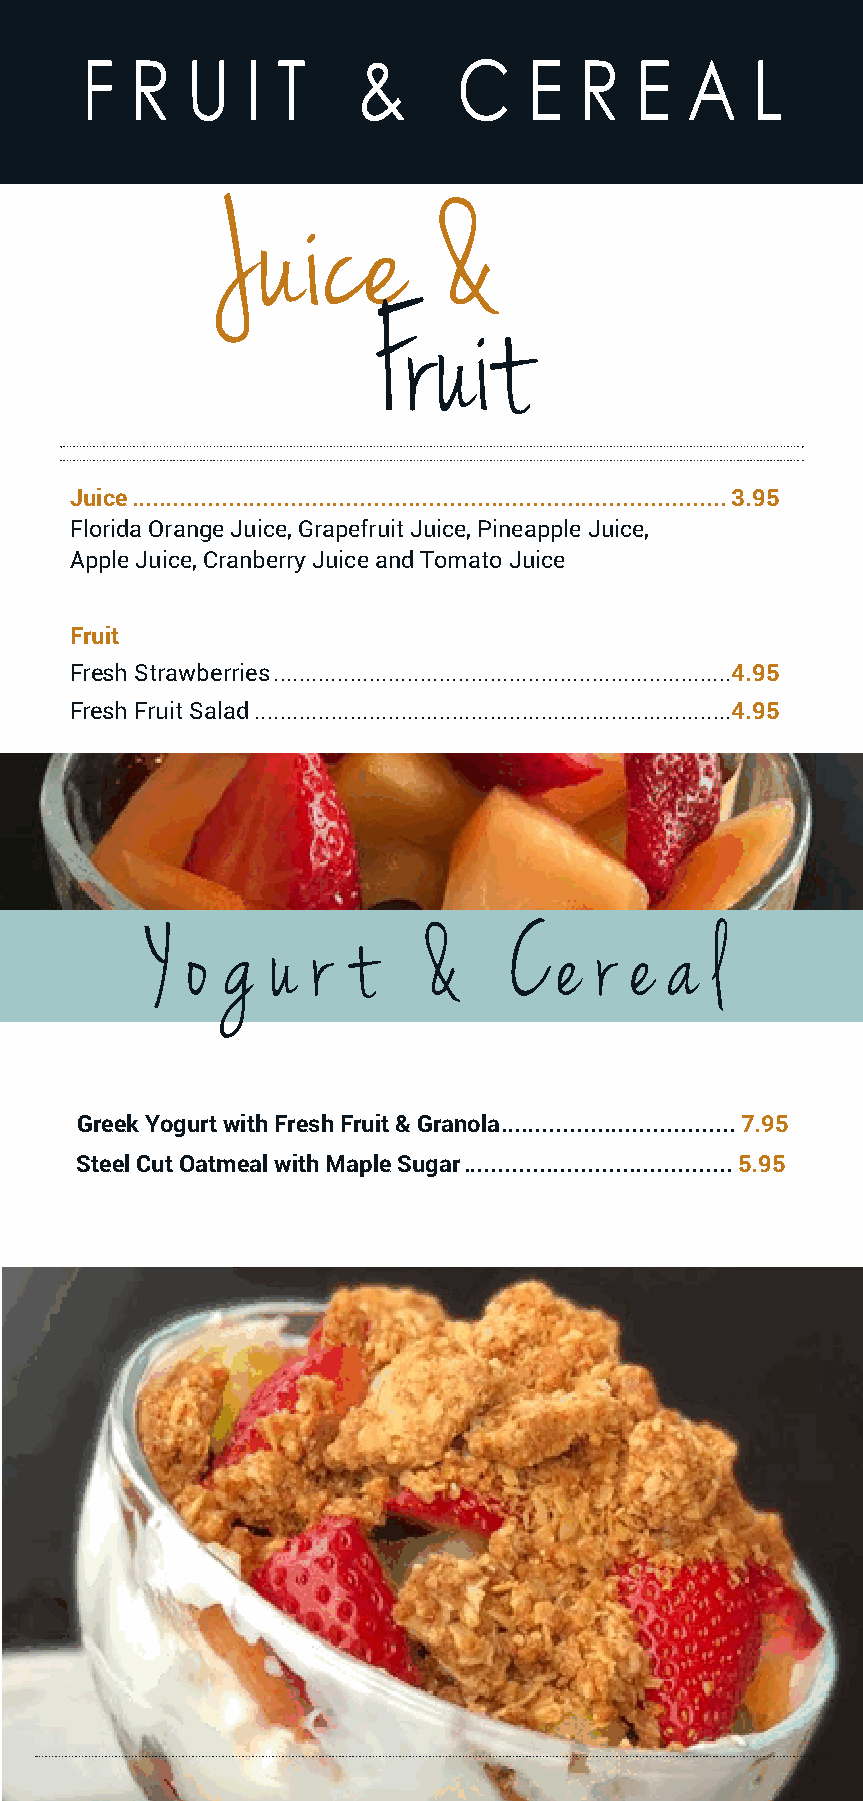
F   R  U   I T     &     C    E  R   E  A    L
 Juice          &
 Fruit
 Juice ......................................................................................3.95
 Florida Orange Juice, Grapefruit Juice, Pineapple Juice,
 Apple Juice, Cranberry Juice and Tomato Juice
 Fruit
 Fresh Strawberries ........................................................................4.95
 Fresh Fruit Salad ...........................................................................4.95
 Y o  g  u  r t    &     C  e r  e a  l
 Greek Yogurt with Fresh Fruit & Granola .................................. 7.95
 Steel Cut Oatmeal with Maple Sugar .......................................5.95
 6
 DEC 2021